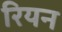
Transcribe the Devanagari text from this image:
रियन